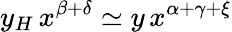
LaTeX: y_{H}\, x^{\beta+\delta}\simeq y\, x^{\alpha+\gamma+\xi}